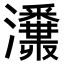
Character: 𤄪